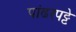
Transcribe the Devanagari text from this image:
पांढरपट्टे